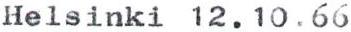
Helsinki 12.10.66